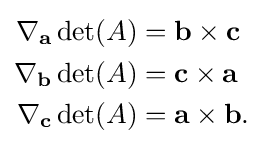
{\begin{aligned}\nabla _{\mathbf {a} }\det(A)&=\mathbf {b} \times \mathbf {c} \\\nabla _{\mathbf {b} }\det(A)&=\mathbf {c} \times \mathbf {a} \\\nabla _{\mathbf {c} }\det(A)&=\mathbf {a} \times \mathbf {b} .\end{aligned}}